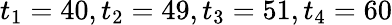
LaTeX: t_{1}=40,t_{2}=49,t_{3}=51,t_{4}=60